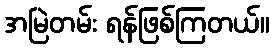
အမြဲတမ်း ရန်ဖြစ်ကြတယ်။